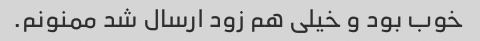
خوب بود و خیلی هم زود ارسال شد ممنونم.